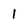
Character: 1